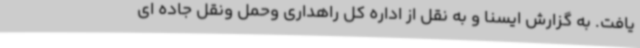
یافت. به گزارش ایسنا و به نقل از اداره کل راهداری وحمل ونقل جاده ای